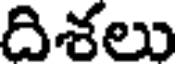
దిశలు